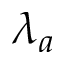
\lambda _ { a }